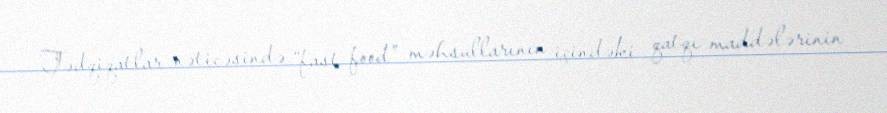
Tədqiqatlar nəticəsində “fast food” məhsullarının içindəki qatqı maddələrinin